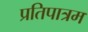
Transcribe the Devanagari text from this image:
प्रतिपात्रम